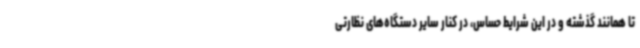
تا همانند گذشته و در این شرایط حساس، در کنار سایر دستگاه‌های نظارتی